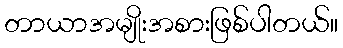
တာယာအမျိုးအစားဖြစ်ပါတယ်။